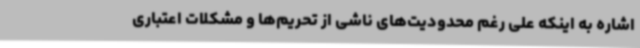
اشاره به اینکه علی رغم محدودیت‌های ناشی از تحریم‌ها و مشکلات اعتباری